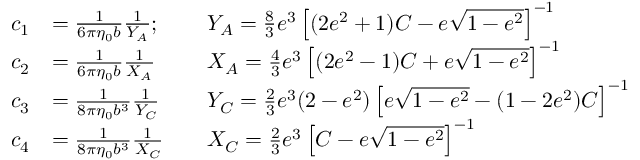
\begin{array} { r l r l } { c _ { 1 } } & { = \frac { 1 } { 6 \pi \eta _ { 0 } b } \frac { 1 } { Y _ { A } } ; } & & { Y _ { A } = \frac { 8 } { 3 } e ^ { 3 } \left[ ( 2 e ^ { 2 } + 1 ) C - e \sqrt { 1 - e ^ { 2 } } \right] ^ { - 1 } } \\ { c _ { 2 } } & { = \frac { 1 } { 6 \pi \eta _ { 0 } b } \frac { 1 } { X _ { A } } } & & { X _ { A } = \frac { 4 } { 3 } e ^ { 3 } \left[ ( 2 e ^ { 2 } - 1 ) C + e \sqrt { 1 - e ^ { 2 } } \right] ^ { - 1 } } \\ { c _ { 3 } } & { = \frac { 1 } { 8 \pi \eta _ { 0 } b ^ { 3 } } \frac { 1 } { Y _ { C } } } & & { Y _ { C } = \frac { 2 } { 3 } e ^ { 3 } ( 2 - e ^ { 2 } ) \left[ e \sqrt { 1 - e ^ { 2 } } - ( 1 - 2 e ^ { 2 } ) C \right] ^ { - 1 } } \\ { c _ { 4 } } & { = \frac { 1 } { 8 \pi \eta _ { 0 } b ^ { 3 } } \frac { 1 } { X _ { C } } } & & { X _ { C } = \frac { 2 } { 3 } e ^ { 3 } \left[ C - e \sqrt { 1 - e ^ { 2 } } \right] ^ { - 1 } } \end{array}